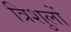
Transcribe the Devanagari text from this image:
त्रिशुलों